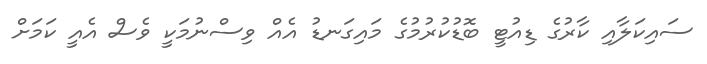
ސައިކަލާއި ކާރުގެ ޑިއުޓީ ބޮޑުކުރުމުގެ މައިގަނޑު އެއް ވިސްނުމަކީ ވެސް އެއީ ކަމަށް